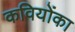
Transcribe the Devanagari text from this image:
कवियोंका